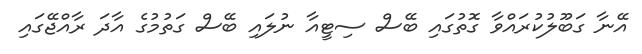
އޭނާ ގަބޫލުކުރައްވާ ގޮތުގައި ބޭސް ސިޓީއާ ނުލައި ބޭސް ގަތުމުގެ އާދަ ރާއްޖޭގައި